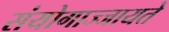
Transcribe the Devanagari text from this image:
संयोगाज्जायते